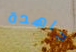
جاهدة